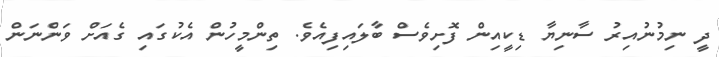
ދީ ނިމުނުއިރު ސާނިޔާ ޑިކީއިން ފޮށިވެސް ބާލައިފިއެވެ. ތިންމީހުން އެކުގައި ގެއަށް ވަންނަން